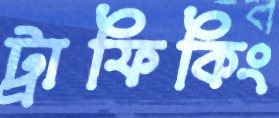
ট্রাফিকিং